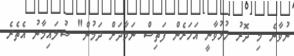
ނުވާނެ މި ދޮރު ހުޅުވާނީ އަހަރެން ފަތިސް ނަމާދަށް ދަމުން" ސުލައިމާނު އެތެރެ